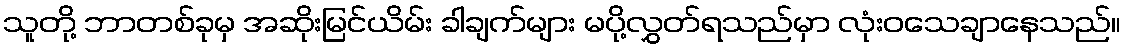
သူတို့ ဘာတစ်ခုမှ အဆိုးမြင်ယိမ်း ခါချက်များ မပို့လွှတ်ရသည်မှာ လုံးဝသေချာနေသည်။